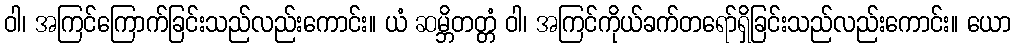
ဝါ၊ အကြင်ကြောက်ခြင်းသည်လည်းကောင်း။ ယံ ဆမ္ဘိတတ္တံ ဝါ၊ အကြင်ကိုယ်ခက်တရော်ရှိခြင်းသည်လည်းကောင်း။ ယော